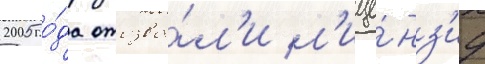
2005 го́да отозва́л'и л'ице́нз'иу